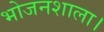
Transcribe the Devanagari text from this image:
भोजनशाला।